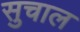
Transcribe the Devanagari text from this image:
सुचाल